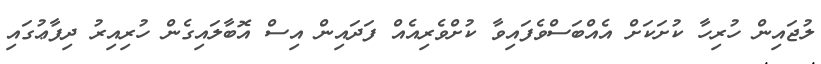
ލުޖައިން ހުރިހާ ކުށަކަށް އެއްބަސްވެފައިވާ ކުށްވެރިއެއް ފަދައިން އިސް އޮބާލައިގެން ހުރިއިރު ދިފާޢުގައި